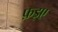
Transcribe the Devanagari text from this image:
फ़इए